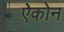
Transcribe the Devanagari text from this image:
ऐकोन